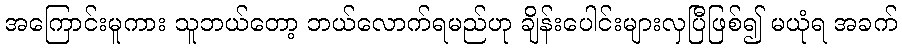
အကြောင်းမူကား သူဘယ်တော့ ဘယ်လောက်ရမည်ဟု ချိန်းပေါင်းများလှပြီဖြစ်၍ မယုံရ အခက်